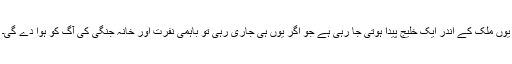
یوں ملک کے اندر ایک خلیج پیدا ہوتی جا رہی ہے جو اگر یوں ہی جاری رہی تو باہمی نفرت اور خانہ جنگی کی آگ کو ہوا دے گی۔